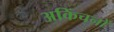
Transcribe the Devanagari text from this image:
अकिंचनों